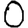
Digit: 0